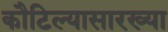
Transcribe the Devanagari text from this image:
कौटिल्यासारख्या